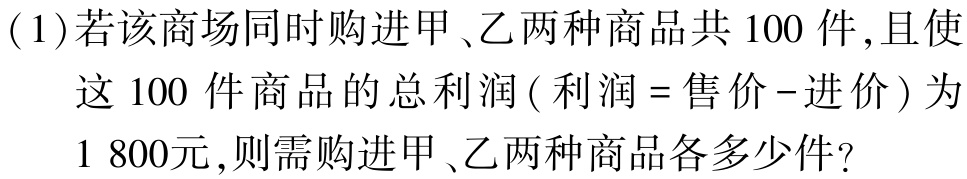
(1)若该商场同时购进甲、乙两种商品共\(100\)件,且使

   这\(100\)件商品的总利润 ( 利润 = 售价 - 进价 ) 为

\(1 800\)元,则需购进甲、乙两种商品各多少件?